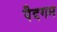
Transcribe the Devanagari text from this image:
पैदगम